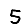
Digit: 5